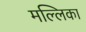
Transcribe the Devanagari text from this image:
मल्‍लिका